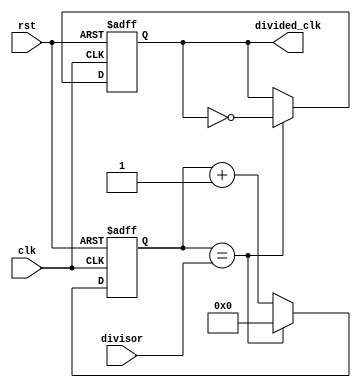
module programmable_clock_divider (
    input wire clk,
    input wire rst,
    input wire [7:0] divisor,
    output reg divided_clk
);

reg [7:0] counter;

always @(posedge clk or posedge rst) begin
    if (rst) begin
        counter <= 8'b0;
        divided_clk <= 1'b0;
    end else begin
        if (counter == divisor) begin
            counter <= 8'b0;
            divided_clk <= ~divided_clk;
        end else begin
            counter <= counter + 1'b1;
        end
    end
end

endmodule